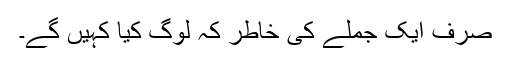
صرف ایک جملے کی خاطر کہ لوگ کیا کہیں گے۔